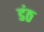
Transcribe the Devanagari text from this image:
डंठ